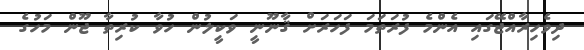
ދިވެހިރާއްޖޭގައި އެންމެ ފުރަތަމަ ފަހަރަށް ޤާނޫނީ ވަކީލުން ހުވާ ކުރިތާ ޖޫން މަހުގެ